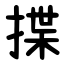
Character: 揲